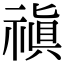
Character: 禛